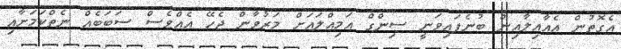
އެގޮތުން އެއާއިލާއިން ބުނެފައިވަނީ ސިންގް އަމިއްލައަށް މަރުވާން ޖެހޭ އެއްވެސް ސަބަބެއް ނެތްކަމަށާއި